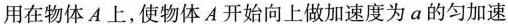
用在物体A上，使物体A开始向上做加速度为a的匀加速